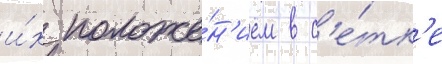
и́х положе́н'ием в с'е́тк'е